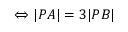
\Leftrightarrow | P A | = 3 | P B |